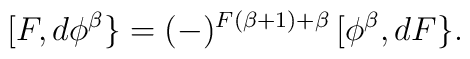
[F,d\phi^\beta \}=(-)^{F(\beta +1)+\beta }\,[\phi^\beta ,dF\}.